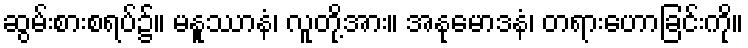
ဆွမ်းစားစရပ်၌။ မနူဿာနံ၊ လူတို့အား။ အနုမောဒနံ၊ တရားဟောခြင်းကို။